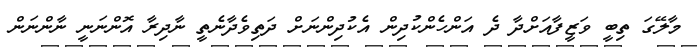
މާލޭގަ ތިބީ ވަޒީފާއަށްދާ ދެ އަންހެންކުދިން އެކުދިންނަށް ދަތިވެދާނެތީ ނާދިރާ އޮންނަނީ ނާންނަން